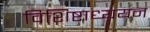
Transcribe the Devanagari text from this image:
विशिष्टाध्ययन